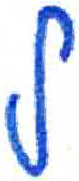
אות: ל